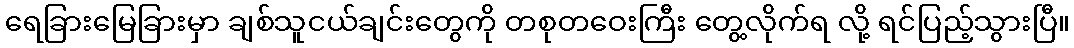
ရေခြားမြေခြားမှာ ချစ်သူငယ်ချင်းတွေကို တစုတဝေးကြီး တွေ့လိုက်ရ လို့ ရင်ပြည့်သွားပြီ။